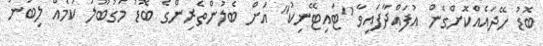
ބޮޑު ހޭދައެއްކޮށްގެން އުފައްދާފައިވާ "ޓައިޓޭނިކު" އަށް ބެލުންތެރިންގެ ބޮޑު މަގުބޫލު ކަމެއް ލިބުނު